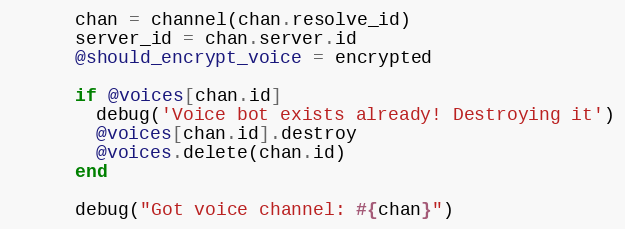
Language: Ruby
      chan = channel(chan.resolve_id)
      server_id = chan.server.id
      @should_encrypt_voice = encrypted

      if @voices[chan.id]
        debug('Voice bot exists already! Destroying it')
        @voices[chan.id].destroy
        @voices.delete(chan.id)
      end

      debug("Got voice channel: #{chan}")